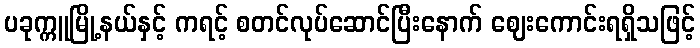
ပခုက္ကူမြို့နယ်နှင့် ကရင့် စတင်လုပ်ဆောင်ပြီးနောက် ဈေးကောင်းရရှိသဖြင့်